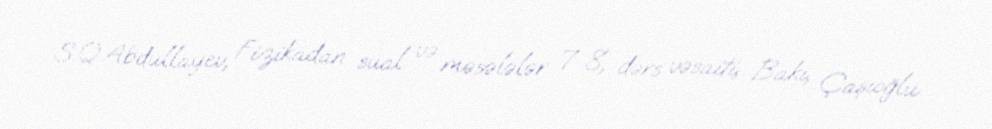
S.Q.Abdullayev, Fizikadan sual və məsələlər 7-8, dərs vəsaiti, Bakı, Çaşıoğlu